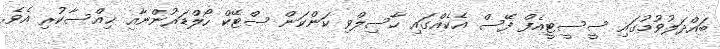
ބައްދަލުވުމުގައި ސީސީޓީއެފް ފޭސް އެކެއްގައި ހާސިލްވި ކަންކަން ސްޓޭކް ހޯލްޑަރުންނާއި ޙިއްސާކުރި އެވެ.